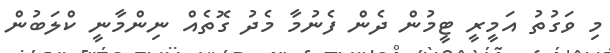
މި ވަގުތު އަމީރީ ޓީމުން ދެން ފެނުމާ މެދު ގޮތެއް ނިންމާނީ ކްލަބުން